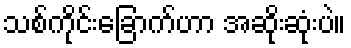
သစ်ကိုင်းခြောက်ဟာ အဆိုးဆုံးပဲ။